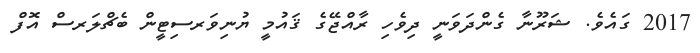
2017 ގައެވެ. ޝަރޫނާ ގެންދަވަނީ ދިވެހި ރާއްޖޭގެ ޤައުމީ ޔުނިވަރސިޓީން ބެޗްލަރސް އޮފް